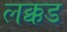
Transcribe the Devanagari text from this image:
लक्कड